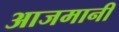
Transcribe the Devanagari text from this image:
आजमानी